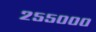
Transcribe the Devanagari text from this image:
२५५०००